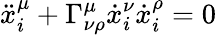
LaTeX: \ddot{x}_{i}^{\mu}+\Gamma_{\nu\rho}^{\mu}\dot{x}_{i}^{\nu}\dot{x}_{i}^{\rho}=0